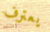
يعترف